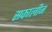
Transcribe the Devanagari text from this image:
सकालीन